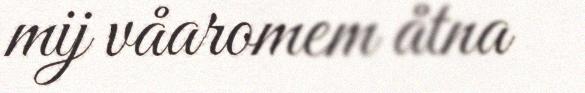
mij våaromem åtna